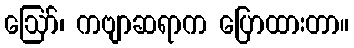
ဪ၊ ကဗျာဆရာက ပြောထားတာ။